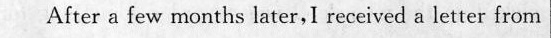
After sfew mantha later,l nmavelsatce eom